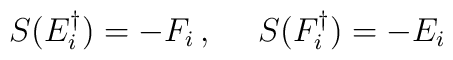
S(E_i^\dagger)=-F_i\,,~~~~S(F_i^\dagger)=-E_i